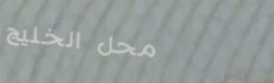
محل الخليج